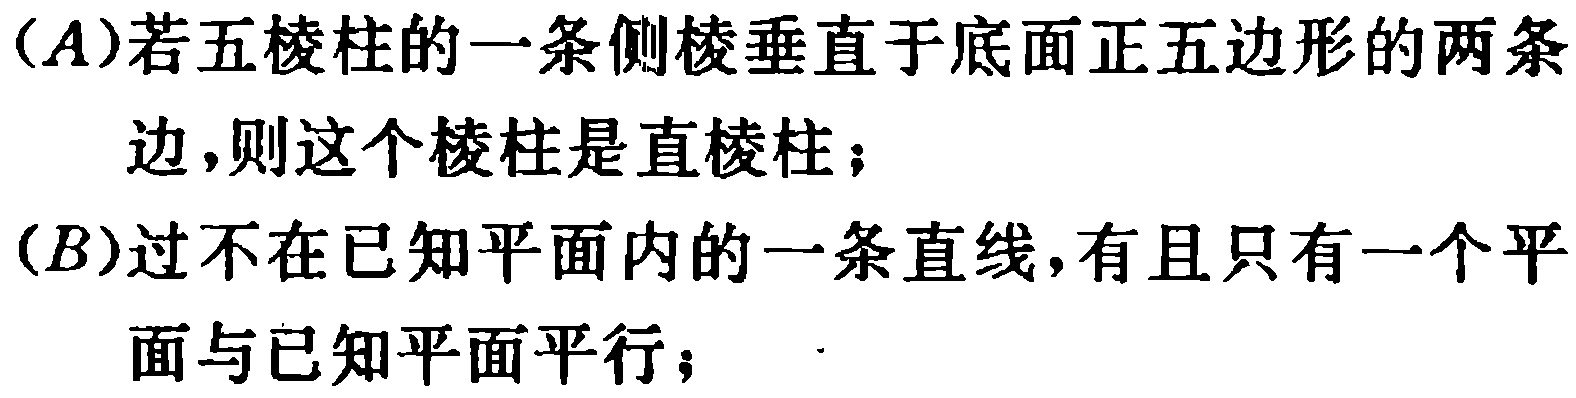
(A)若五棱柱的一条侧棱垂直于底面正五边形的两条边,则这个棱柱是直棱柱；

(B)过不在已知平面内的一条直线,有且只有一个平面与已知平面平行；